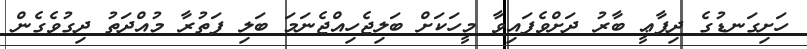
ހަށިގަނޑުގެ ދިފާޢީ ބާރު ދަށްވެފައިވާ މީހަކަށް ބަލިޖެހިއްޖެނަމަ ބަލި ފަތުރާ މުއްދަތު ދިގުވެގެން